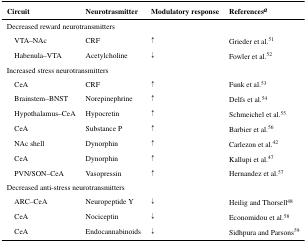
| Circuit | Neurotrasmitter | Modulatory response | Referencesa |
 | --- | --- | --- | --- |
 | <COLSPAN=4> Decreased reward neurotransmitters |
 | VTA–NAc | CRF | ↑ | Grieder et al.51 |
 | Habenula–VTA | Acetylcholine | ↓ | Fowler et al.52 |
 | <COLSPAN=4> Increased stress neurotransmitters |
 | CeA | CRF | ↑ | Funk et al.53 |
 | Brainstem–BNST | Norepinephrine | ↑ | Delfs et al.54 |
 | Hypothalamus–CeA | Hypocretin | ↑ | Schmeichel et al.55 |
 | CeA | Substance P | ↑ | Barbier et al.56 |
 | NAc shell | Dynorphin | ↑ | Carlezon et al.42 |
 | CeA | Dynorphin | ↑ | Kallupi et al.47 |
 | PVN/SON–CeA | Vasopressin | ↑ | Hernandez et al.57 |
 | <COLSPAN=4> Decreased anti-stress neurotransmitters |
 | ARC–CeA | Neuropeptide Y | ↓ | Heilig and Thorsell48 |
 | CeA | Nociceptin | ↓ | Economidou et al.58 |
 | CeA | Endocannabinoids | ↓ | Sidhpura and Parsons59 |